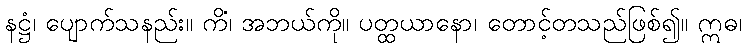
နဋ္ဌံ၊ ပျောက်သနည်း။ ကိံ၊ အဘယ်ကို။ ပတ္ထယာနော၊ တောင့်တသည်ဖြစ်၍။ ဣဓ၊